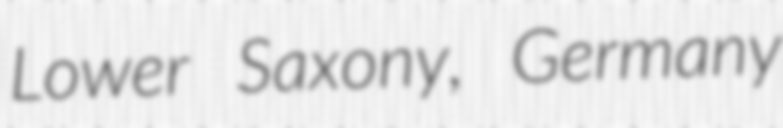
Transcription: Lower Saxony, Germany